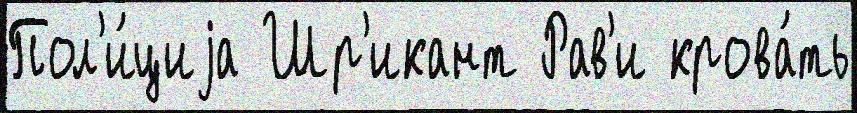
Пол'и́циjа Шр'икант Рав'и крова́ть